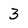
Character: 3